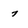
Character: 7